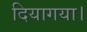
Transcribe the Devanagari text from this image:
दियागया।